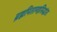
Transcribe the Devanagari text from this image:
ब्रह्मपितामहसिद्धांत